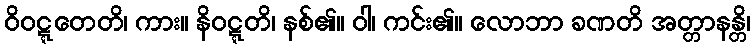
ဝိဝဋ္ဋတေတိ၊ ကား။ နိဝဋ္ဋတိ၊ နစ်၏။ ဝါ၊ ကင်း၏။ လောဘာ ခဏတိ အတ္တာနန္တိ၊